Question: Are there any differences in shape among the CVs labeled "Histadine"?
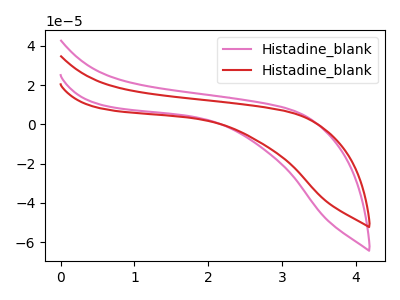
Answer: <think>The pink curve "Histadine_blank1" has no peaks. The red curve "Histadine_blank2" has no peaks.
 Neither "Histadine_blank1" or "Histadine_blank2" have any peaks.</think>
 <answer>All the CV's of "Histadine" have similar shape.</answer>
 <eval>follow_rule</eval>